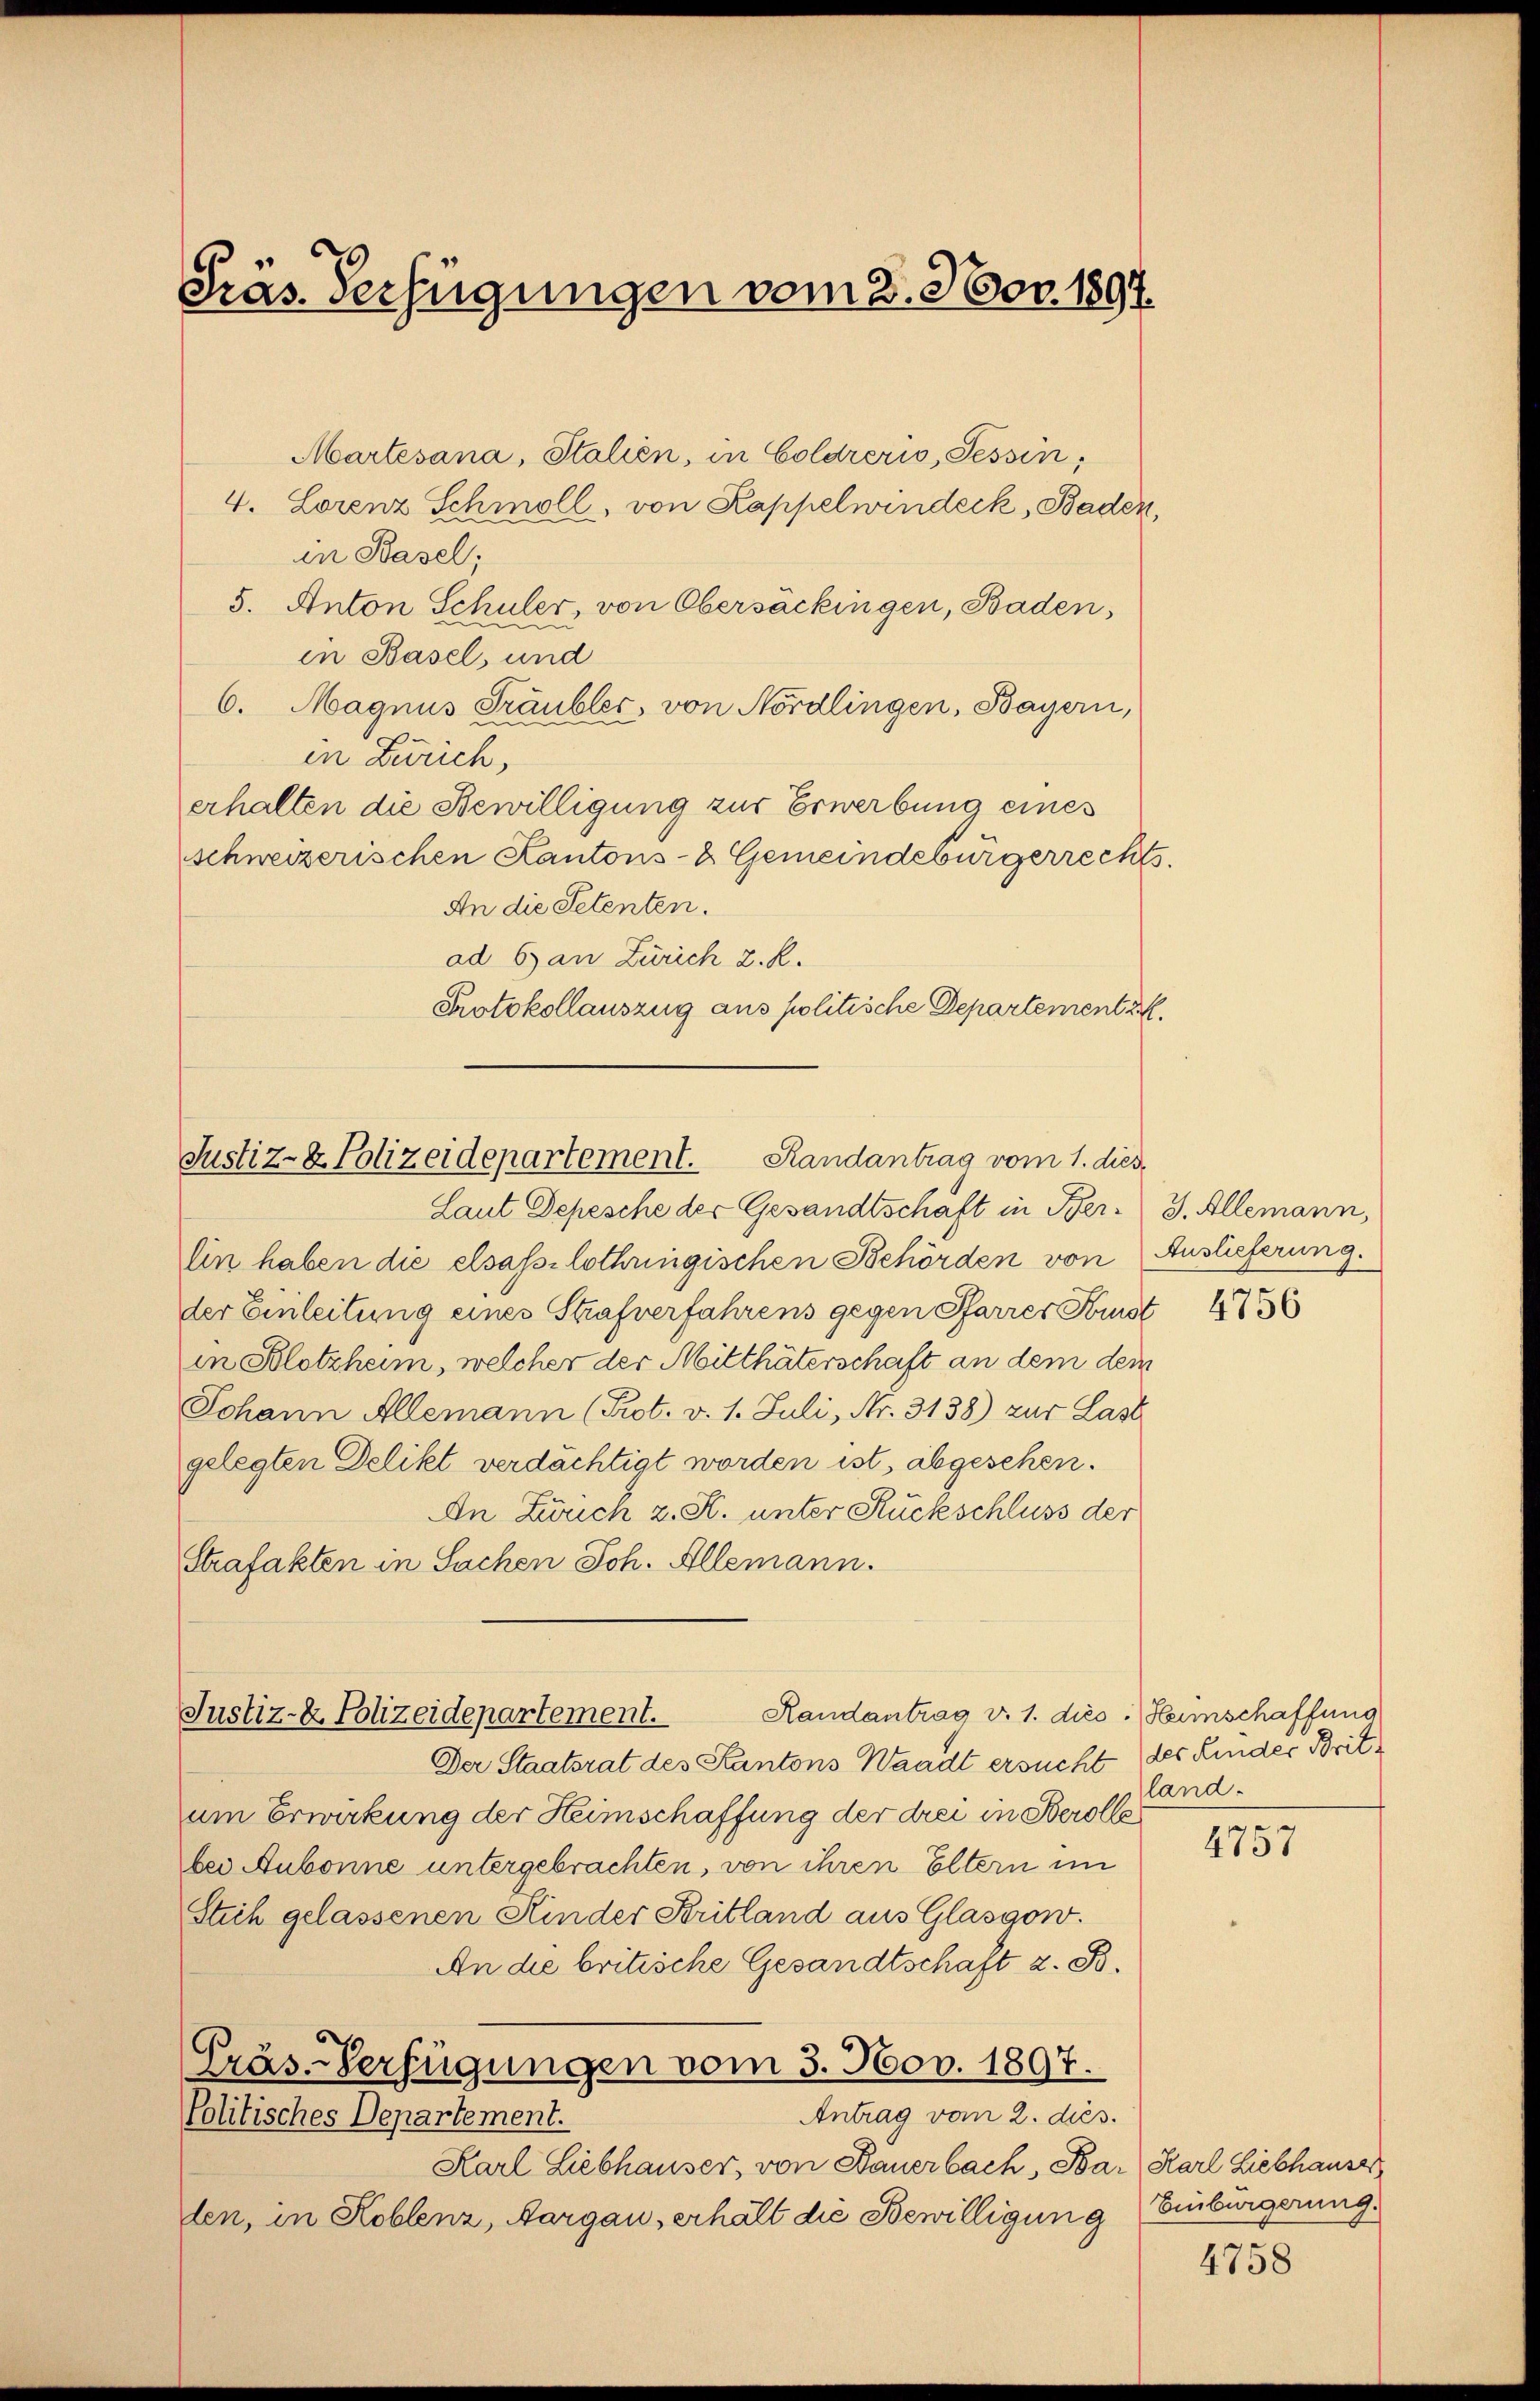
Präs. Verfügungen vom 8. Nov. 1891.

Martesana, Stalien, in Goldreris, Tessin,
4. Lorenz Schmoll, von Kappelwindeck, Baden,
in Basel;
5. Anton Schuler, von Obersäckingen, Baden,
2
in Basel, und
6. Magnus Fräubler, von Nordlingen, Bayern,
in Zürich,
erhalten die Bewilligung zur Erwerbung eines
schweizerischen Kantons- & Gemeindebürgerrechts
An die Petenten.
ad 6 an Zürich 2. R.
Protokollauszug aus politische Departement z.

Justiz- & Polizeidepartement. Randantrag vom 1. dies

Justiz- & Polizeidepartement.

Laut Depesche der Gesandtschaft in Ber. J. Allemann,
lin haben die elsass, lothringischen Behörden von Auslieferung.
der Einleitung eines Strafverfahrens gegen Pfarrer Frist
in Solotzheim, welcher der Mitthäterschaft an dem dem
Johann Allemann (Prot. v. 1. Juli, Nr. 3138) zur Last
gelegten Delikt verdächtigt worden ist, abgesehen.
An Zürich 2. K. unter Rückschluss der
Strafakten in Sachen Joh. Allemann.
Randantrag v. 1. dies: Heimschaffung
Der Staatsrat des Kantons Waadt ersucht der Kinder Britum Erwirkung der Heimschaffung der drei in Berolle
bei Aubonne untergebrachten, von ihren Eltern im
Stich gelassenen Kinder Britland aus Glasgow.
An die britische Gesandtschaft z. B.
Präs-Verfügungen vom 3. Nov. 1897.
Antrag vom 2. ds.
Politisches Departement.
Karl Liebhauser, von Bauerbach, Bar Karl Liebhauser
den, in Koblenz, Aargau, erhält die Bewilligung

4756

land.

4757

Einbürgerung.

4758